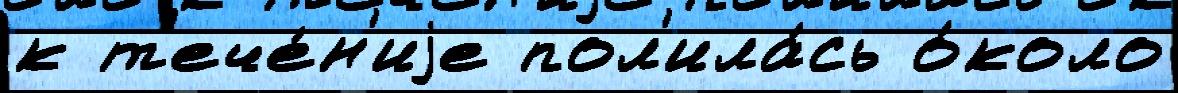
к т'ече́н'иjе пол'ила́сь о́коло